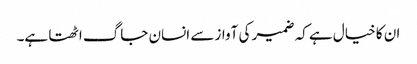
ان کا خیال ہے کہ ضمیر کی آواز سے انسان جاگ اٹھتا ہے۔